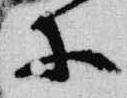
等